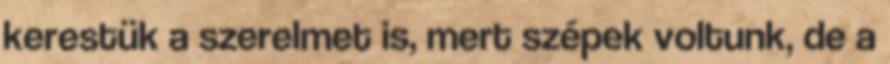
kerestük a szerelmet is, mert szépek voltunk, de a